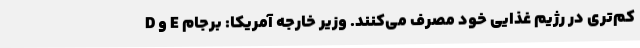
D و E کم‌تری در رژیم غذایی خود مصرف می‌کنند. وزیر خارجه آمریکا: برجام